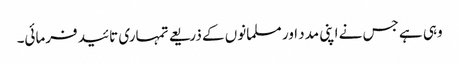
وہی ہے جس نے اپنی مدد اور مسلمانوں کے ذریعے تمہاری تائید فرمائی۔